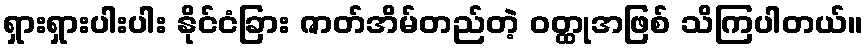
ရှားရှားပါးပါး နိုင်ငံခြား ဇာတ်အိမ်တည်တဲ့ ဝတ္ထုအဖြစ် သိကြပါတယ်။